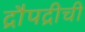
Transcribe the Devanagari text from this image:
द्रौपद्रीची